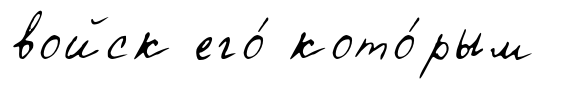
войск его́ кото́рым